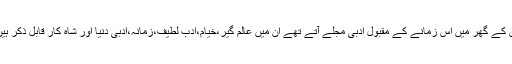
ان کے گھر میں اس زمانے کے مقبول ادبی مجلے آتے تھے ان میں عالم گیر،خیام،ادب لطیف،زمانہ،ادبی دنیا اور شاہ کار قابل ذکر ہیں۔